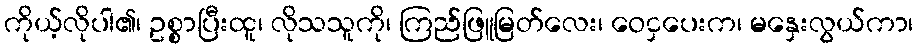
ကိုယ့်လိုပါ၏၊ ဥစ္စာပြီးထူ၊ လိုသသူကို၊ ကြည်ဖြူမြတ်လေး၊ ဝေငှပေးက၊ မနှေးလွယ်ကာ၊